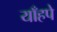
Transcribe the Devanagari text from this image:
याँहपे